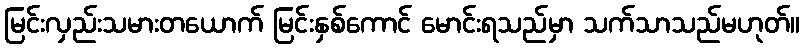
မြင်းလှည်းသမားတယောက် မြင်းနှစ်ကောင် မောင်းရသည်မှာ သက်သာသည်မဟုတ်။